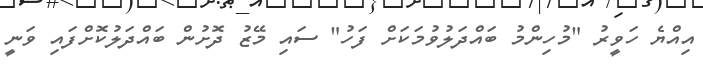
އިއްޔެ ހަވީރު "މުހިންމު ބައްދަލުވުމަކަށް ފަހު" ސައި މޭޒު ދޮށުން ބައްދަލުކޮށްފައި ވަނީ